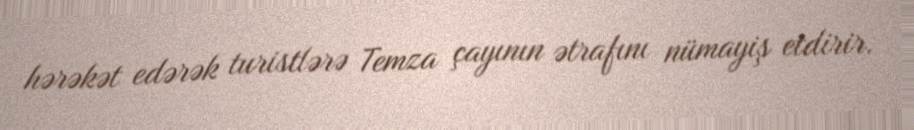
hərəkət edərək turistlərə Temza çayının ətrafını nümayiş etdirir.